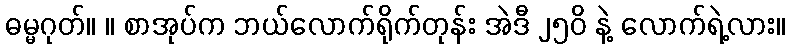
ဓမ္မဂုတ်။ ။ စာအုပ်က ဘယ်လောက်ရိုက်တုန်း အဲဒီ ၂၅၀ိ နဲ့ လောက်ရဲ့လား။